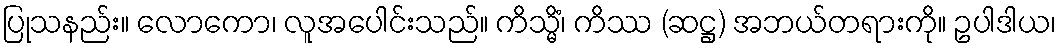
ပြုသနည်း။ လောကော၊ လူအပေါင်းသည်။ ကိသ္မိံ၊ ကိဿ (ဆဋ္ဌ) အဘယ်တရားကို။ ဥပါဒါယ၊